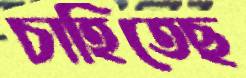
চাহিতেছ